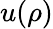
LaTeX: u(\rho)